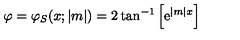
\varphi = \varphi _ { S } ( x ; | m | ) = 2 \tan ^ { - 1 } \left[ \mathrm { e } ^ { | m | x } \right]